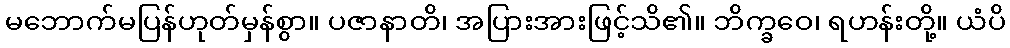
မဘောက်မပြန်ဟုတ်မှန်စွာ။ ပဇာနာတိ၊ အပြားအားဖြင့်သိ၏။ ဘိက္ခဝေ၊ ရဟန်းတို့။ ယံပိ